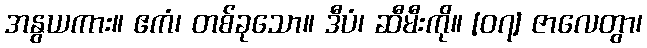
အနွယကား။ ဧကံ၊ တစ်ခုသော။ ဒီပံ၊ ဆီမီးကို။ [၀၇] ဇာလေတွာ၊